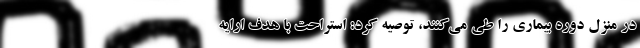
در منزل دوره بیماری را طی می‌کنند، توصیه کرد: استراحت با هدف ارایه